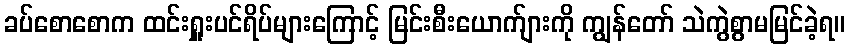
ခပ်စောစောက ထင်းရှူးပင်ရိပ်များကြောင့် မြင်းစီးယောက်ျားကို ကျွန်တော် သဲကွဲစွာမမြင်ခဲ့ရ။